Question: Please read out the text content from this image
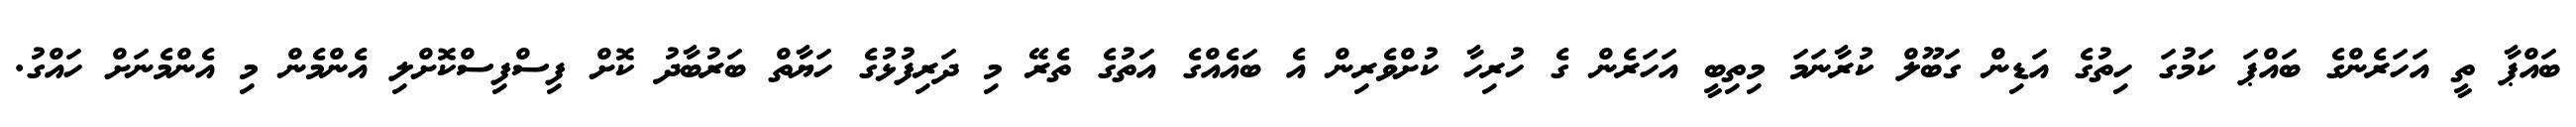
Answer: ބައްޕާ ތީ އަހަރެންގެ ބައްޕަ ކަމުގަ ހިތުގެ އަޑިން ގަބޫލް ކުރާނަމަ މިތިބީ އަހަރެން ގެ ހުރިހާ ކުށްވެރިން އެ ބައެއްގެ އަތުގެ ތެރޭ މި ދަރިފުޅުގެ ހަޔާތް ބަރުބާދު ކޮށް ފިސްފިސްކޮށްލި އެންމެން މި އެންމެނަށް ހައްގު.